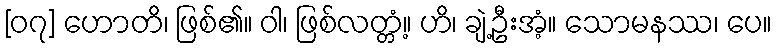
[၀၇] ဟောတိ၊ ဖြစ်၏။ ဝါ၊ ဖြစ်လတ္တံ့။ ဟိ၊ ချဲ့ဦးအံ့။ သောမနဿ၊ ပေ။